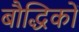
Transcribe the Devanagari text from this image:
बौद्धिकों